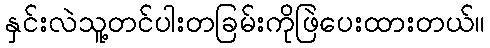
နှင်းလဲသူ့တင်ပါးတခြမ်းကိုဖြဲပေးထားတယ်။